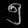
Digit: ၅